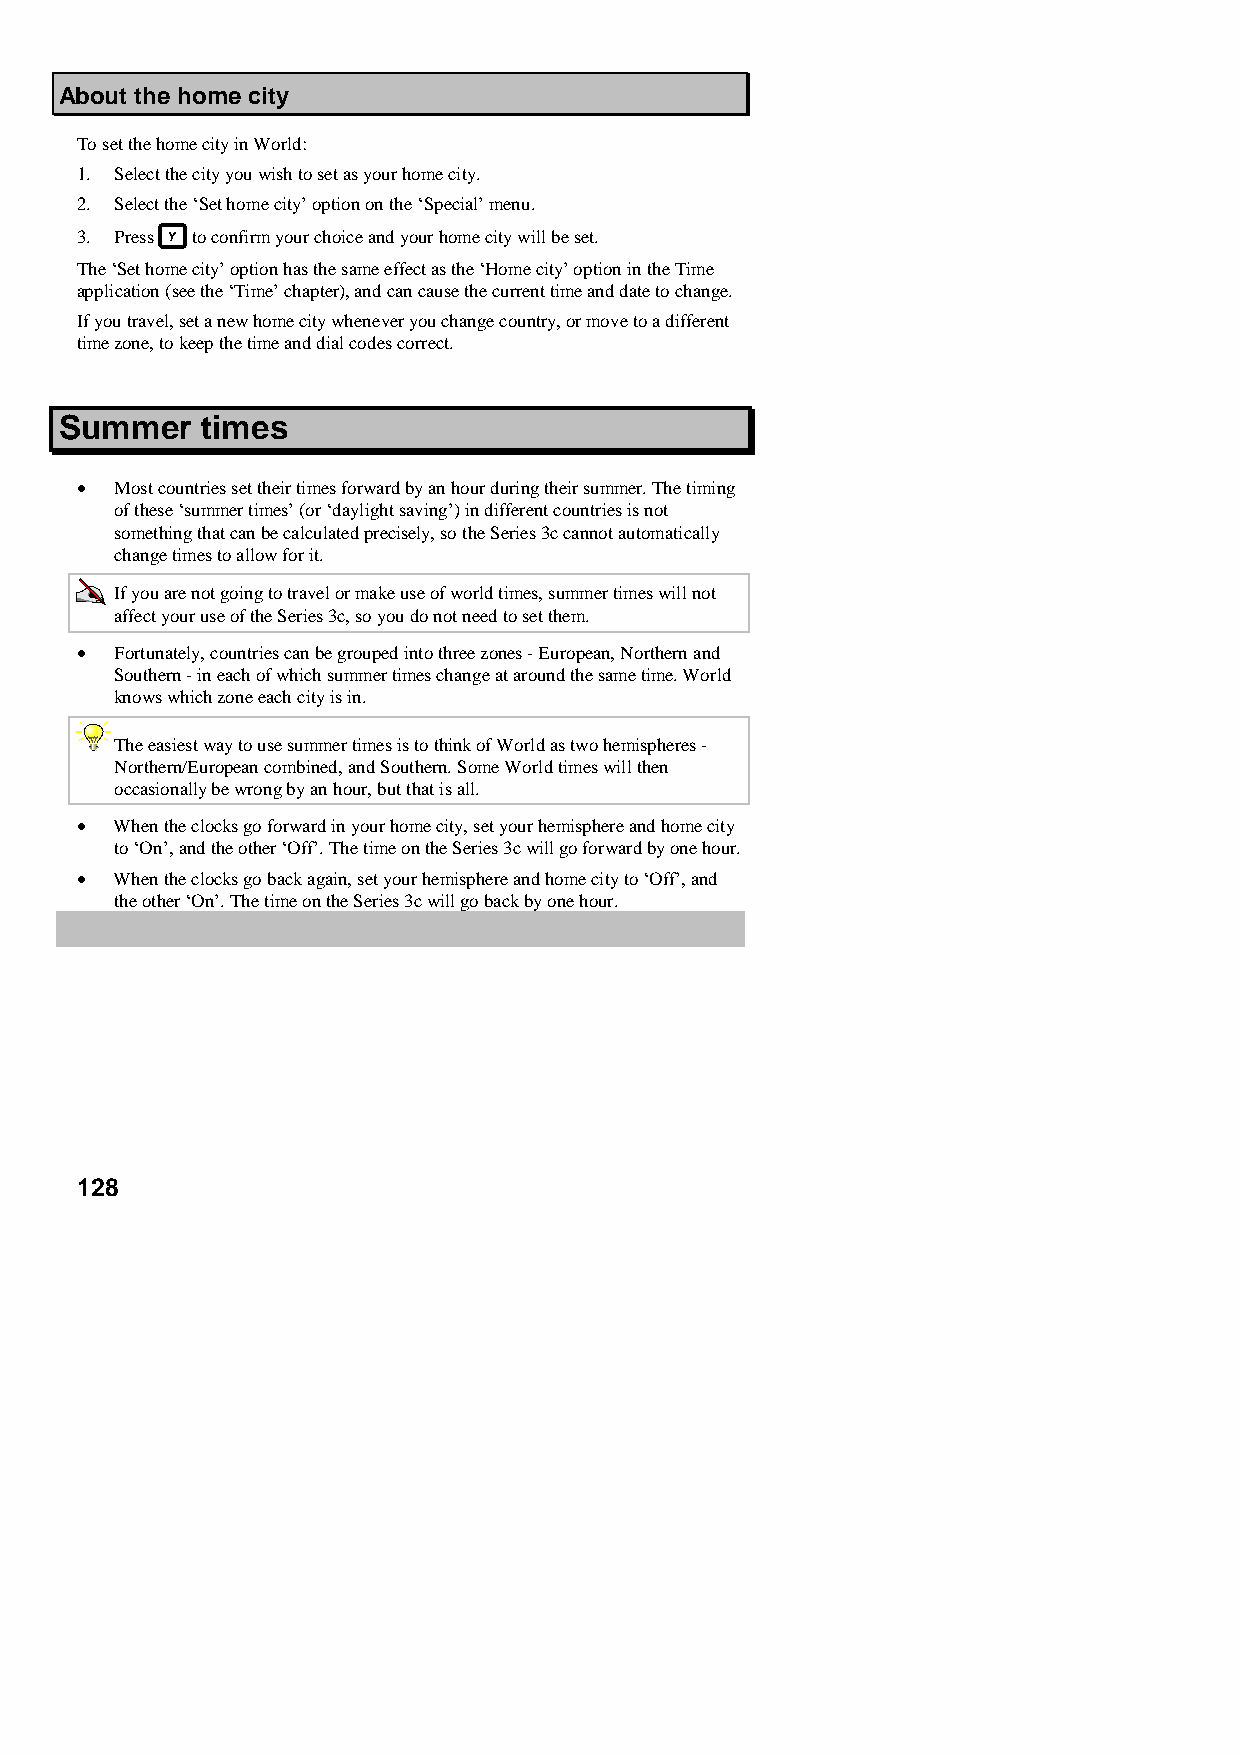
About the home city
 To set the home city in World:
 1. Select the city you wish to set as your home city.
 2. Select the ‘Set home city’ option on the ‘Special’ menu.
 3. Press to confirm your choice and your home city will be set.
 The ‘Set home city’ option has the same effect as the ‘Home city’ option in the Time
 application (see the ‘Time’ chapter), and can cause the current time and date to change.
 If you travel, set a new home city whenever you change country, or move to a different
 time zone, to keep the time and dial codes correct.
 Summer   times
 •  Most countries set their times forward by an hour during their summer. The timing
 of these ‘summer times’ (or ‘daylight saving’) in different countries is not
 something that can be calculated precisely, so the Series 3c cannot automatically
 change times to allow for it.
 If you are not going to travel or make use of world times, summer times will not
 affect your use of the Series 3c, so you do not need to set them.
 •  Fortunately, countries can be grouped into three zones - European, Northern and
 Southern - in each of which summer times change at around the same time. World
 knows which zone each city is in.
 The easiest way to use summer times is to think of World as two hemispheres -
 Northern/European combined, and Southern. Some World times will then
 occasionally be wrong by an hour, but that is all.
 •  When the clocks go forward in your home city, set your hemisphere and home city
 to ‘On’, and the other ‘Off’. The time on the Series 3c will go forward by one hour.
 •  When the clocks go back again, set your hemisphere and home city to ‘Off’, and
 the other ‘On’. The time on the Series 3c will go back by one hour.
 128